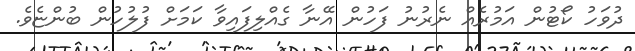
ދުވަހު ކޯޓުން އަމުރެއް ނެރުނު ފަހުން އޭނާ ގެއްލިފައިވާ ކަމަށް ފުލުހުން ބުންޏެވެ.